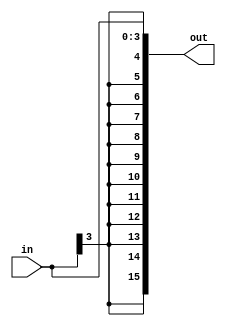
module sign_extend(in, out);
input [3:0] in;
output [15:0] out;

assign out[3:0] = in;
assign out[15] = in[3];
assign out[14] = in[3];
assign out[13] = in[3];
assign out[12] = in[3];
assign out[11] = in[3];
assign out[10] = in[3];
assign out[9] = in[3];
assign out[8] = in[3];
assign out[7] = in[3];
assign out[6] = in[3];
assign out[5] = in[3];
assign out[4] = in[3];


endmodule